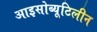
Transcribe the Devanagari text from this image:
आइसोब्यूटिलीन